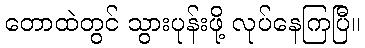
တောထဲတွင် သွားပုန်းဖို့ လုပ်နေကြပြီ။